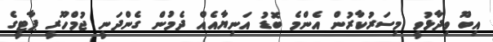
އިބޫ ވިދާޅުވީ މިސަރުކާރުން އެންމެ ބޮޑު އަނިޔާއެއް ދެމުން ގެންދަނީ ޖުމްހޫރީ ޕާޓީގެ